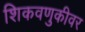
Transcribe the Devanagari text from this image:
शिकवणुकीवर